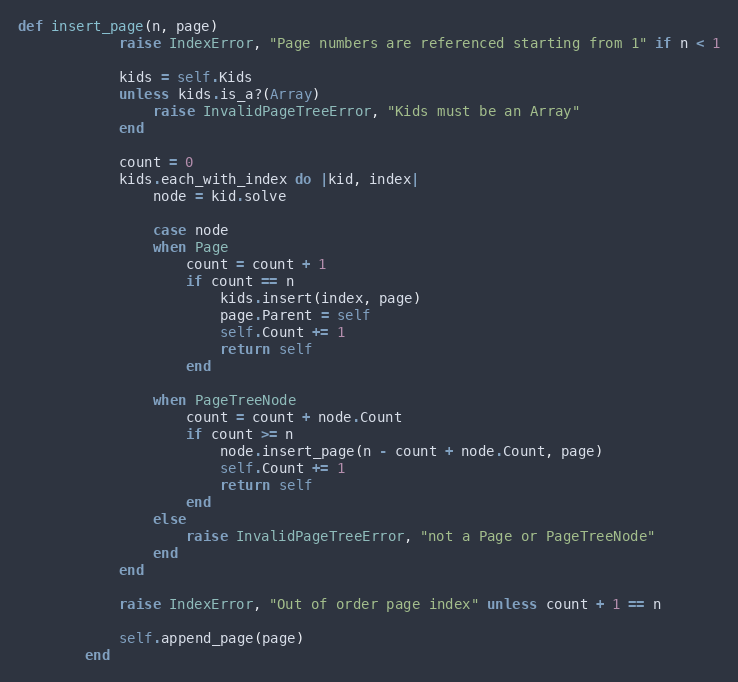
Language: Ruby
def insert_page(n, page)
            raise IndexError, "Page numbers are referenced starting from 1" if n < 1

            kids = self.Kids
            unless kids.is_a?(Array)
                raise InvalidPageTreeError, "Kids must be an Array"
            end

            count = 0
            kids.each_with_index do |kid, index|
                node = kid.solve

                case node
                when Page
                    count = count + 1
                    if count == n
                        kids.insert(index, page)
                        page.Parent = self
                        self.Count += 1
                        return self
                    end

                when PageTreeNode
                    count = count + node.Count
                    if count >= n
                        node.insert_page(n - count + node.Count, page)
                        self.Count += 1
                        return self
                    end
                else
                    raise InvalidPageTreeError, "not a Page or PageTreeNode"
                end
            end

            raise IndexError, "Out of order page index" unless count + 1 == n

            self.append_page(page)
        end